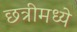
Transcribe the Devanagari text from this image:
छत्रीमध्ये